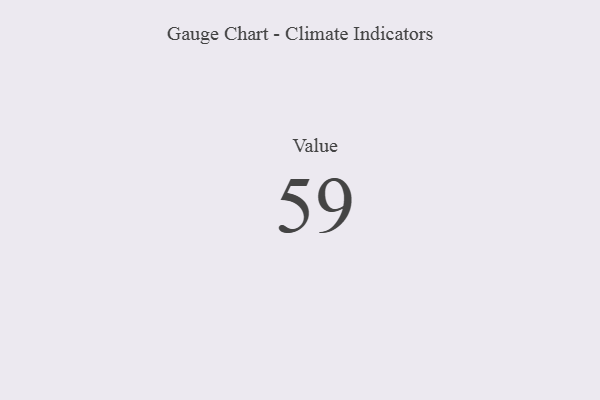
{"axis": {"x": "Metric", "y": "Value"}, "legend": [""], "data": [{"x": "Value", "y": 59, "type": ""}]}